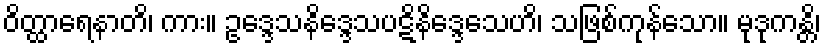
ဝိတ္ထာရေနာတိ၊ ကား။ ဥဒ္ဒေသနိဒ္ဒေသပဋိနိဒ္ဒေသေဟိ၊ သဖြစ်ကုန်သော။ မုဒုကန္တိ၊